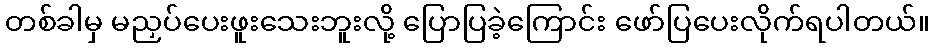
တစ်ခါမှ မညှပ်ပေးဖူးသေးဘူးလို့ ပြောပြခဲ့ကြောင်း ဖော်ပြပေးလိုက်ရပါတယ်။